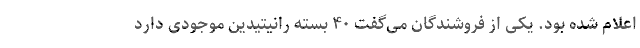
اعلام شده بود. یکی از فروشندگان می‌گفت ۴۰ بسته رانیتیدین موجودی دارد